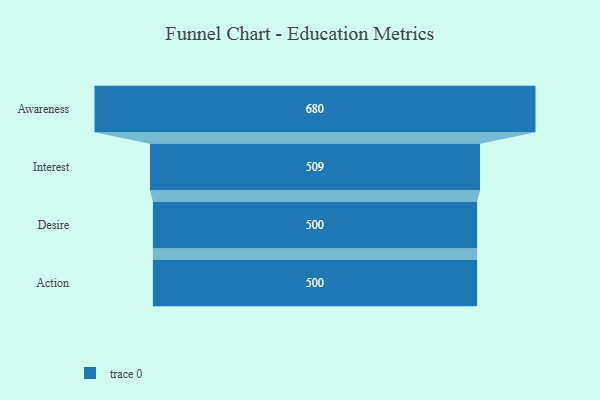
{"axis": {"x": "Stage", "y": "Value"}, "legend": [""], "data": [{"x": "Awareness", "y": 680.0, "type": ""}, {"x": "Interest", "y": 509.0, "type": ""}, {"x": "Desire", "y": 500, "type": ""}, {"x": "Action", "y": 500, "type": ""}]}